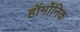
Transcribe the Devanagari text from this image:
हॉर्मोनिक